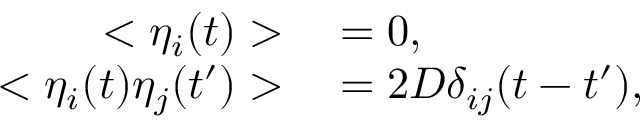
\begin{array} { r l } { < \eta _ { i } ( t ) > } & { { } = 0 , } \\ { < \eta _ { i } ( t ) \eta _ { j } ( t ^ { \prime } ) > } & { { } = 2 D \delta _ { i j } ( t - t ^ { \prime } ) , } \end{array}